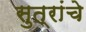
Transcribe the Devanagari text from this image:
सुत्रांचे